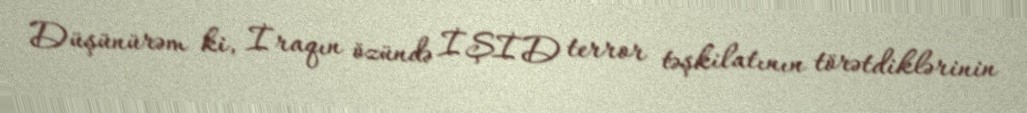
Düşünürəm ki, İraqın özündə İŞİD terror təşkilatının törətdiklərinin